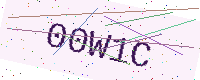
Text: 00W1C